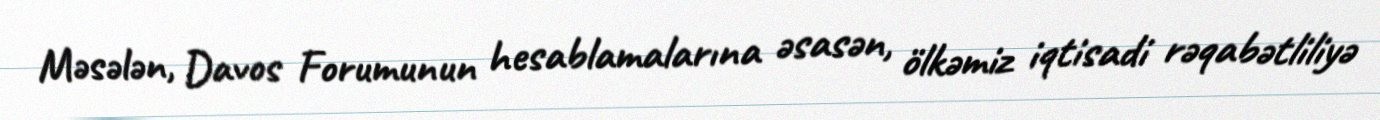
Məsələn, Davos Forumunun hesablamalarına əsasən, ölkəmiz iqtisadi rəqabətliliyə